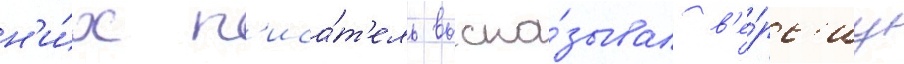
н'и́х п'иса́т'ель выска́зывал в'е́рс'иу